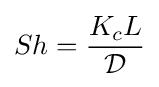
Sh={\frac {K_{c}L}{\mathcal {D}}}